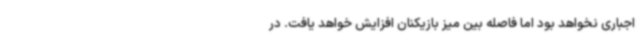
اجباری نخواهد بود اما فاصله بین میز بازیکنان افزایش خواهد یافت. در